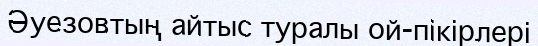
Әуезовтың айтыс туралы ой-пікірлері